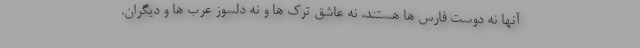
آنها نه دوست فارس ها هستند، نه عاشق ترک ها و نه دلسوز عرب ها و دیگران.